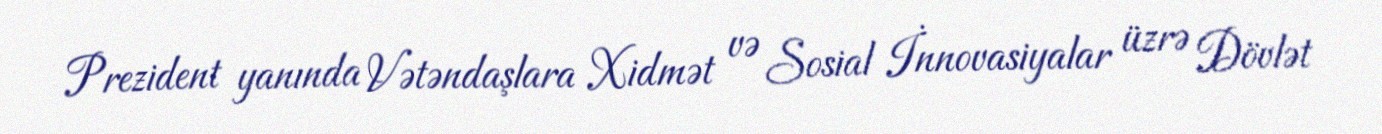
Prezident yanında Vətəndaşlara Xidmət və Sosial İnnovasiyalar üzrə Dövlət